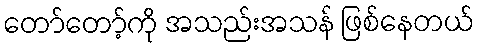
တော်တော့်ကို အသည်းအသန် ဖြစ်နေတယ်